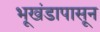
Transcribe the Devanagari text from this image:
भूखंडापासून